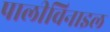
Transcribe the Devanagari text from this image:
पालीविनाइल